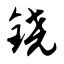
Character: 铙